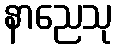
နာညေသု